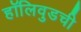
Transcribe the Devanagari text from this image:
हॉलिवुडची